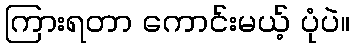
ကြားရတာ ကောင်းမယ့် ပုံပဲ။